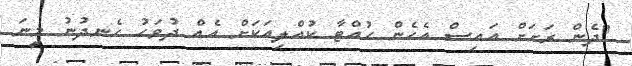
"ދެން ރަށަށް އައިސް އެހެން ހުއްޓާ ކުއްލިއަކަށް އެއް ދުވަހު ހެނދުނު މީނަ